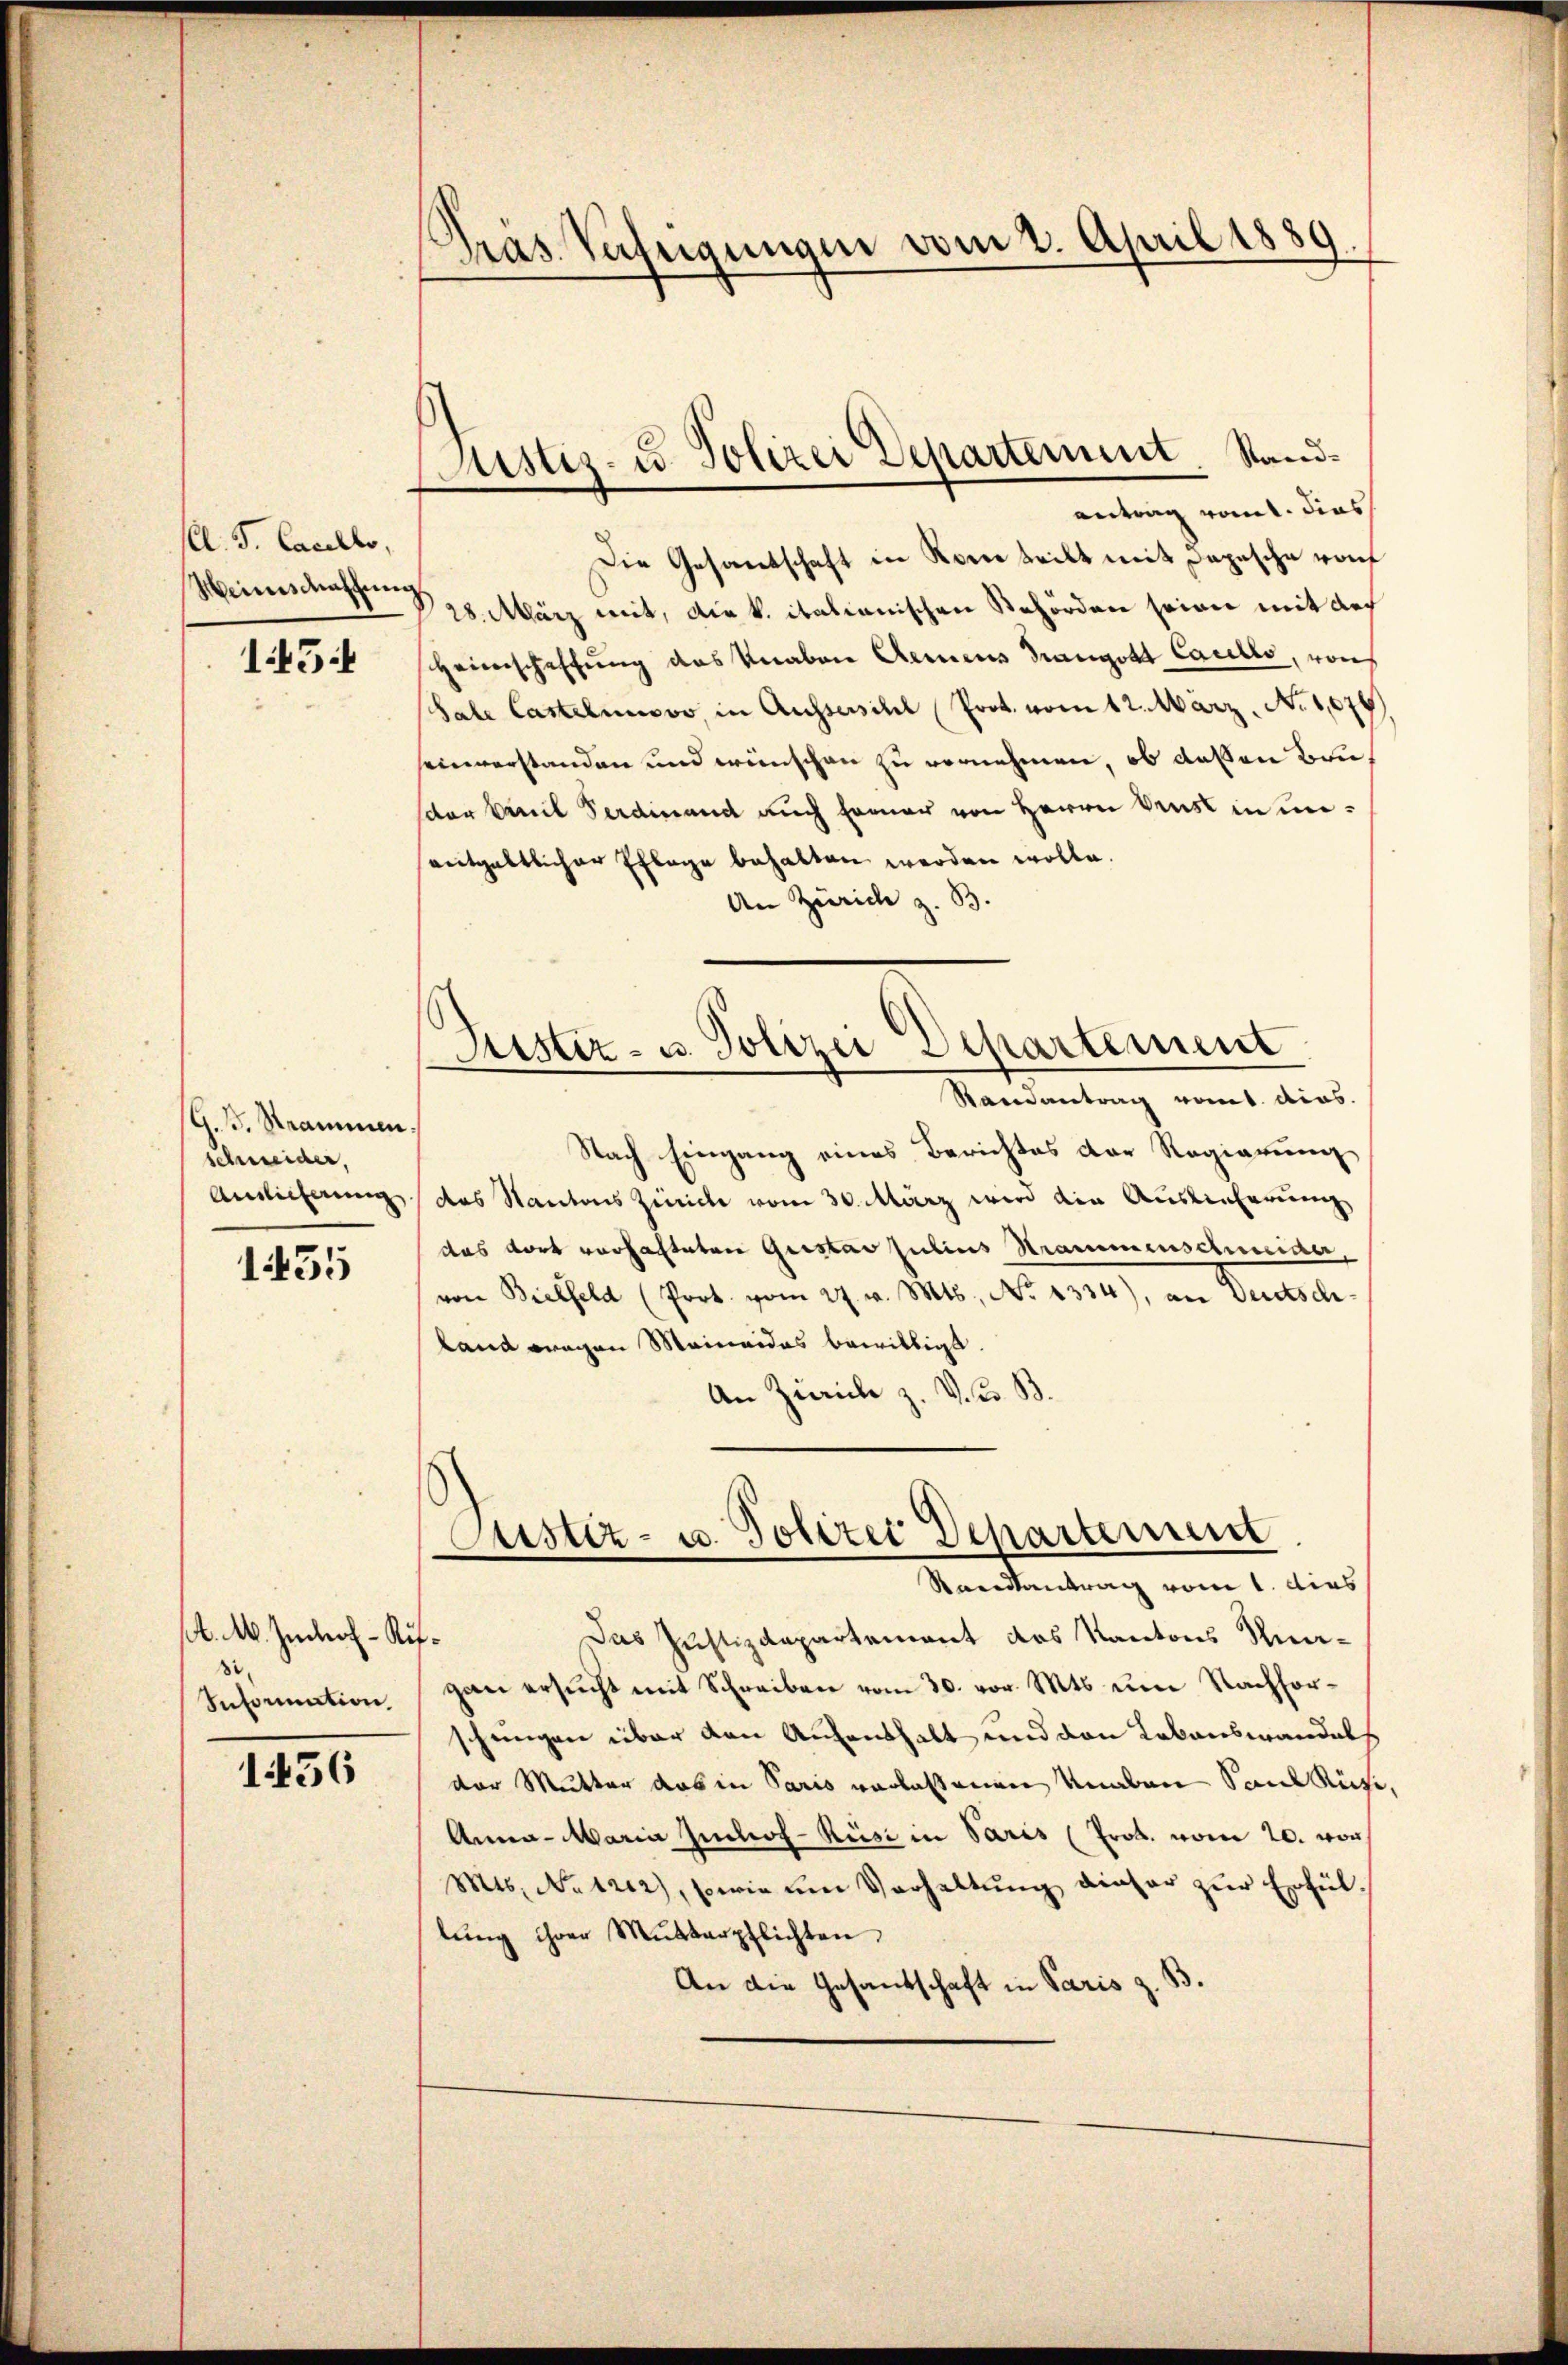
l. J. Carello,
Weinschaffung

145

G. B. Strammen
schneider,
Andlicherung

1455

A. M. Junkoh - Ru
.
Information,

1456

Gras Verfeigungen vom 2. April 1889

Justiz- u. Polizei Departement. Standantrag romt. Dies

Die Gesandschaft in Rom teilt mit Depesche von
28. März mit, die k. italianischen Behörden seien mit doch
Heimschaffung des Knaben Armens Trangott Caulls, von
Sale Castelmusoo, in Aussersihl Prot. vom 12. März. No 1,074
einverstanden und wünschen zu vernehmen, ob deßen Bruder Emil Ferdinand auch Ferner von Herrn Fenst in unentgeltlicher Eflage behalten werden wolle.
An Zürich z. B.
Raneantrag vomt dies
Nach Eingang eines Berichtes der Regierung
das Kantons Zürich vom 30. März wird die Auslieferung
das dort vorhafteten Gustav Julius Strammenschneider,
von Bielfeld (Prot. vom 27. v. Mts., No 1334), an deutschland wegen Mainaidas bewilligt.
An Zürich z. V. u. B.
Justiz- u. Politer Departement
Randsantrag vom 1. dies
Das Justizdepartement des Kantons Kna¬
¬
gan ersucht mit Schreiben vom 30. vor. Mts. um Nachforschungen über den Aufenthalt und den Lebenswandels
der Mutter das in Paris verlassenen Unaben Saul Richi
Anna - Maria Juchof-Rüse in Paris (Prob. vom 20. von
Mts. No 122), sowie um Verhaltung dieser zur Erfül
lŭng ihrer Mŭtterpflichten
An die Gesandschaft in Paris z. B

Departement
Juster- u. Polizei